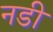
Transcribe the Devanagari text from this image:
नडी